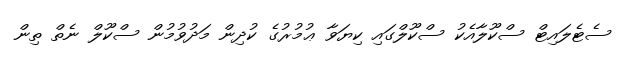
ސެޓެލައިޓް ސްކޫލާއެކު ސްކޫލްގައި ކިޔަވާ ޢުމުރުގެ ކުދިން މަދުވުމުން ސްކޫލް ނެތް ތިން